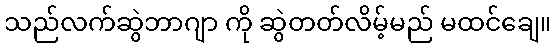
သည်လက်ဆွဲဘာဂျာ ကို ဆွဲတတ်လိမ့်မည် မထင်ချေ။